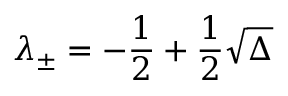
\lambda _ { \pm } = - \frac { 1 } { 2 } + \frac { 1 } { 2 } \sqrt { \Delta }